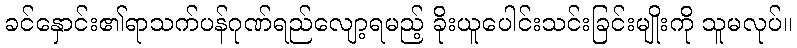
ခင်နှောင်း၏ရာသက်ပန်ဂုဏ်ရည်လျော့ရမည့် ခိုးယူပေါင်းသင်းခြင်းမျိုးကို သူမလုပ်။